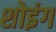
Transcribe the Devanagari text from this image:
शोइंग